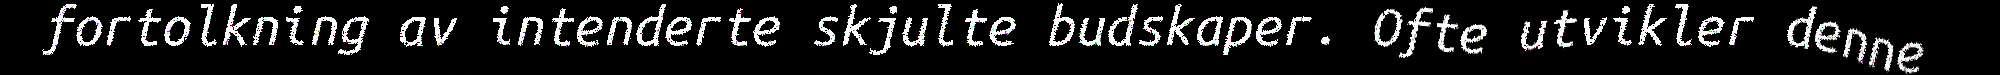
fortolkning av intenderte skjulte budskaper. Ofte utvikler denne